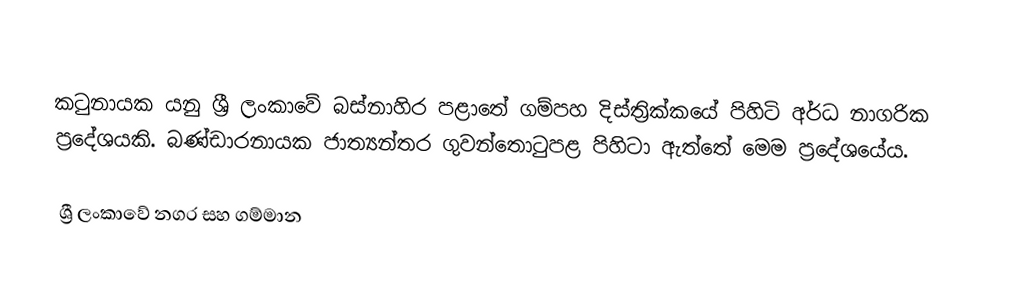
කටුනායක යනු ශ්‍රී ලංකාවේ  බස්නාහිර පළාතේ  ගම්පහ දිස්ත්‍රික්කයේ පිහිටි අර්ධ නාගරික ප්‍රදේශයකි. බණ්ඩාරනායක ජාත්‍යන්තර ගුවන්තොටුපළ පිහිටා ඇත්තේ මෙම ප්‍රදේශයේය.

ශ්‍රී ලංකාවේ නගර සහ ගම්මාන